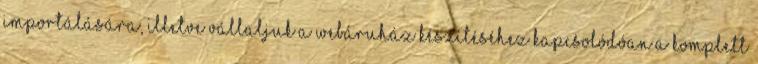
importálására, illetve vállaljuk a webáruház készítéséhez kapcsolódóan a komplett